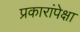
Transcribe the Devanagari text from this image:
प्रकारांपेक्षा